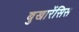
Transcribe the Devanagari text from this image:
बुखारेंसिस